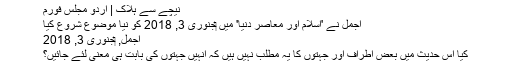
نیچے سے ہلاک | اردو مجلس فورم
اجمل نے 'اسلام اور معاصر دنیا' میں ‏جنوری 3, 2018 کو نیا موضوع شروع کیا
اجمل, ‏جنوری 3, 2018
کیا اس حدیث میں بعض اطراف اور جہتوں کا یہ مطلب نہیں ہیں کہ انہیں جہتوں کی بابت ہی معنی لئے جائیں؟